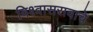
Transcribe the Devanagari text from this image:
विश्वासरावाचे